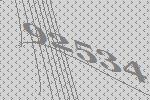
92534